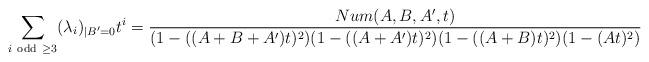
LaTeX: \begin{align*} \sum_{i\mathrm{\ odd\ }\geq 3}(\lambda_i)_{|B'=0}t^i={{Num(A,B,A',t)}\over{(1-((A+B+A')t)^2)(1-((A+A')t)^2)(1-((A+B)t)^2)(1-(At)^2)}}\end{align*}